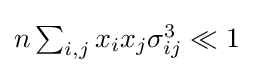
{\textstyle n\sum _{i,j}x_{i}x_{j}\sigma _{ij}^{3}\ll 1}